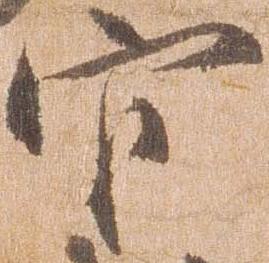
官